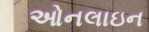
ઓનલાઇન